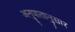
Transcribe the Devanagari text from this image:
अनुपातानुसार